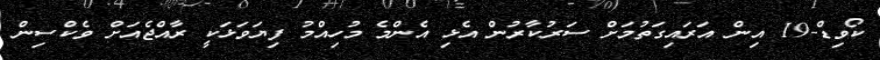
ކޯވިޑް-19 އިން އަރައިގަތުމަށް ސަރުކާރުން އެޅި އެންމެ މުހިއްމު ފިޔަވަޅަކީ ރާއްޖެއަށް ވެކްސިން